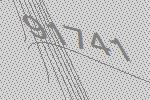
91741